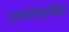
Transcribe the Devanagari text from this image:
हाइपोकैल्सीमिया